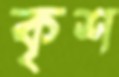
কৃশ